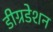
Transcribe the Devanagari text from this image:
डीग्रडेशन